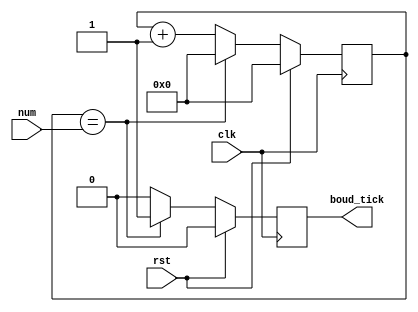
module boud_rate (
    input wire clk,
    input wire rst,
    input wire [7:0]num,

    output reg boud_tick
);

reg [7:0] counter;

always @(posedge clk) begin
    if(rst) begin
        counter <= 0;
        boud_tick <=0;
    end
    else begin
        if (counter == num) begin
        counter <= 0;
        boud_tick = 1'b1;
    end
    else begin
        counter <= counter + 1;
        boud_tick = 1'b0;
    end
    end
    
end
endmodule